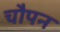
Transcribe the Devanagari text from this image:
चौपन